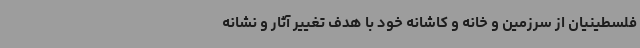
فلسطینیان از سرزمین و خانه و کاشانه خود با هدف تغییر آثار و نشانه